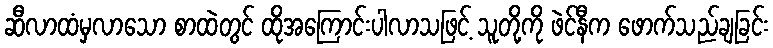
ဆီလာထံမှလာသော စာထဲတွင် ထိုအကြောင်းပါလာသဖြင့် သူတို့ကို ဖဲင်နီက ဖောက်သည်ချခြင်း